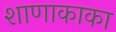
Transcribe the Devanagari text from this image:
शाणाकाका